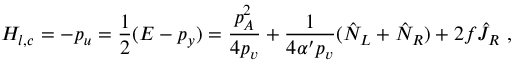
H _ { l , c } = - p _ { u } = \frac { 1 } { 2 } ( E - p _ { y } ) = \frac { p _ { A } ^ { 2 } } { 4 p _ { v } } + \frac { 1 } { 4 \alpha ^ { \prime } p _ { v } } ( \hat { N } _ { L } + \hat { N } _ { R } ) + 2 f \hat { J } _ { R } ~ ,